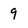
Character: 9